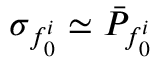
\sigma _ { f _ { 0 } ^ { i } } \simeq \bar { P } _ { f _ { 0 } ^ { i } }